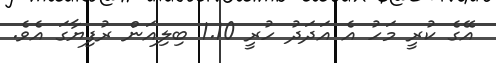
އޭގެ ކުރީ މަހު އެ އަދަދު ހުރީ 1.10 ބިލިއަން ރުފިޔާގަ އެވެ.